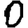
Digit: 0